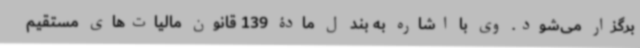
برگزار می‌شود. وی با اشاره به بند ل مادۀ 139 قانون مالیات‌های مستقیم